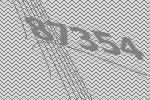
87354